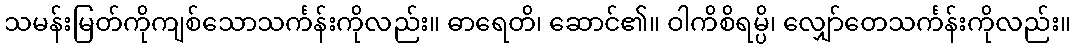
သမန်းမြတ်ကိုကျစ်သောသင်္ကန်းကိုလည်း။ ဓာရေတိ၊ ဆောင်၏။ ဝါကိစိရမ္ပိ၊ လျှော်တေသင်္ကန်းကိုလည်း။